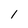
Character: 1